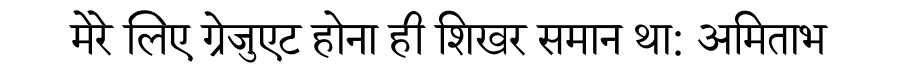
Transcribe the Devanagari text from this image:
मेरे लिए ग्रेजुएट होना ही शिखर समान था: अमिताभ